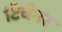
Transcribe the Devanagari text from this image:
टिचेनर